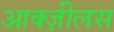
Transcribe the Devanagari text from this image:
आक्ज़ीलस